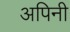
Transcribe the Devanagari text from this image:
अपिनी